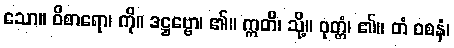
သော။ ဝိစာရော၊ ကို။ ဒဋ္ဌဗ္ဗော၊ ၏။ ဣတိ၊ သို့။ ဝုတ္တံ၊ ၏။ တံ ဝစနံ၊